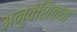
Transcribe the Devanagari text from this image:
अनुवंशिकता